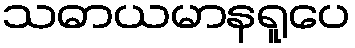
သဓာယမာနရူပေ